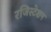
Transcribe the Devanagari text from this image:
रजिस्टेशन